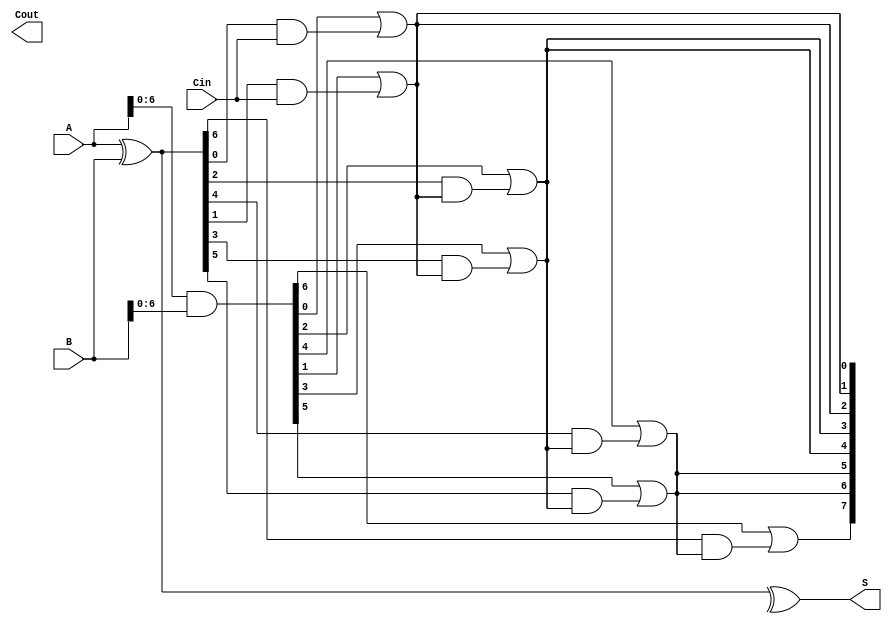
module SklanskyAdder #(parameter n = 8) (
    input [n-1:0] A,
    input [n-1:0] B,
    input Cin,
    output [n-1:0] S,
    output Cout
);

    // Generate and Propagate signals
    wire [n-1:0] G; // Generate
    wire [n-1:0] P; // Propagate
    wire [n:0] C;   // Carry (C[0] = Cin)

    // Generate and Propagate calculations
    assign G = A & B;          // G[i] = A[i] & B[i]
    assign P = A ^ B;          // P[i] = A[i] ^ B[i]
    
    // Carry initialization
    assign C[0] = Cin;

    // Level 1 Carry calculations
    genvar i;
    generate
        for (i = 0; i < n; i = i + 1) begin : level1
            if (i % 2 == 1) begin
                assign C[i] = G[i-1] | (P[i-1] & C[i-1]);
            end else begin
                assign C[i] = C[i-1]; // Carry remains the same for even indices
            end
        end
    endgenerate

    // Level 2 Carry calculations
    generate
        for (i = 0; i < n; i = i + 2) begin : level2
            if (i + 2 < n) begin
                assign C[i + 2] = G[i + 1] | (P[i + 1] & C[i]);
            end
        end
    endgenerate

    // Level 3 Carry calculations
    generate
        for (i = 0; i < n; i = i + 4) begin : level3
            if (i + 4 < n) begin
                assign C[i + 4] = G[i + 3] | (P[i + 3] & C[i + 2]);
            end
        end
    endgenerate

    // Final Carry out
    assign Cout = C[n];

    // Sum calculation
    assign S = P ^ C[n-1:0]; // S[i] = P[i] ^ C[i-1]

endmodule